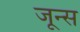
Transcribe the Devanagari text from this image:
जून्स